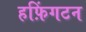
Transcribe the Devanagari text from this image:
हफ़िंगटन